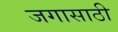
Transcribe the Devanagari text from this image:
जगासाठी